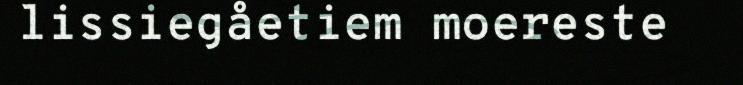
lissiegåetiem moereste